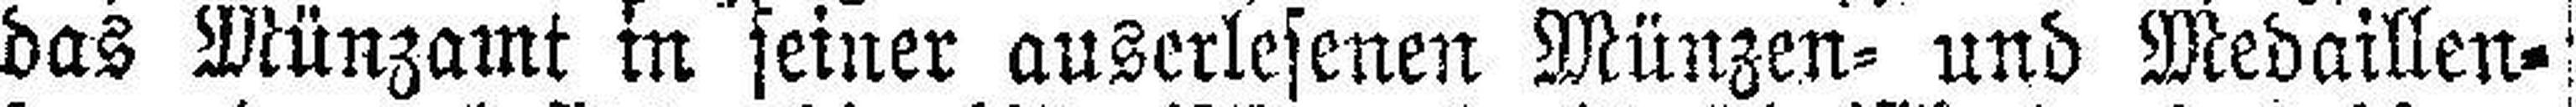
das Münzamt in seiner auserlesenen Münzen= und Medaillen¬